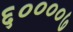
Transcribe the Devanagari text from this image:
६००००७